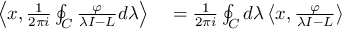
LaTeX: \begin{array} { r l } { \left\langle x , { \frac { 1 } { 2 \pi i } } \oint _ { C } { \frac { \varphi } { \lambda I - L } } d \lambda \right\rangle } & { { } = { \frac { 1 } { 2 \pi i } } \oint _ { C } d \lambda \left\langle x , { \frac { \varphi } { \lambda I - L } } \right\rangle } \end{array}